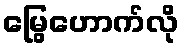
မြွေဟောက်လို